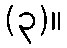
(၃)။